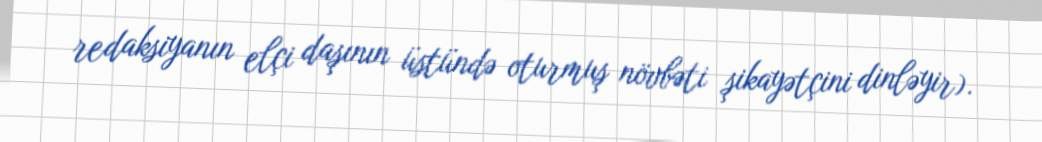
redaksiyanın elçi daşının üstündə oturmuş növbəti şikayətçini dinləyir).